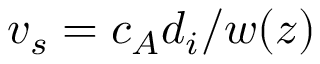
v _ { s } = c _ { A } d _ { i } / w ( z )